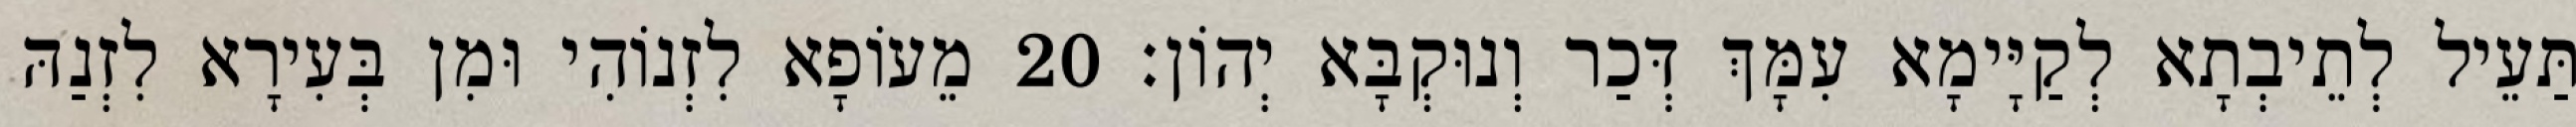
תַּעֵיל לְתֵיבְתָא לְקַיָּימָא עִמָּךְ דְּכַר וְנוּקְבָּא יְהוֹן׃ 20 מֵעוֹפָא לִזְנוֹהִי וּמִן בְּעִירָא לִזְנַהּ